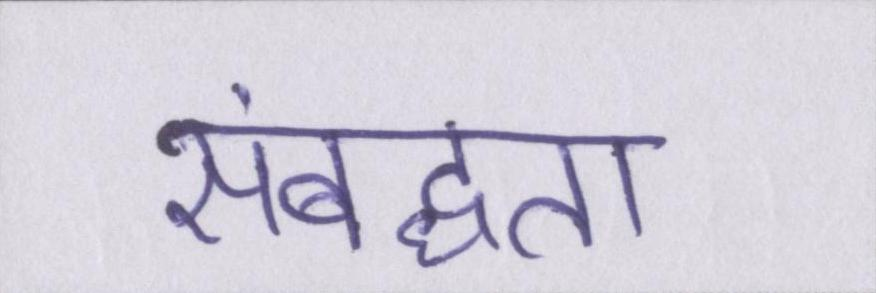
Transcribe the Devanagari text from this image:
संबद्धता